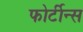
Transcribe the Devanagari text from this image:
फोर्टीन्स